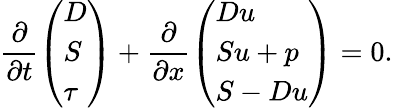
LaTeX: \frac{\partial}{\partial t}\left(\begin{array}{l}{D}\\ {S}\\ {\tau}\end{array}\right)+\frac{\partial}{\partial x}\left(\begin{array}{l}{Du}\\ {Su+p}\\ {S-Du}\end{array}\right)=0.